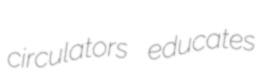
circulators educates